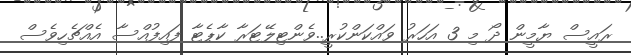
ރައީސް ޔާމީން ދޯ މި 3 އަހަރު ވައްކަންކުރީ..ވެންޓިލޭޓަރާ ކާޕެޓާ ފައިފުއްސާ އެއްޗެހިވެސް